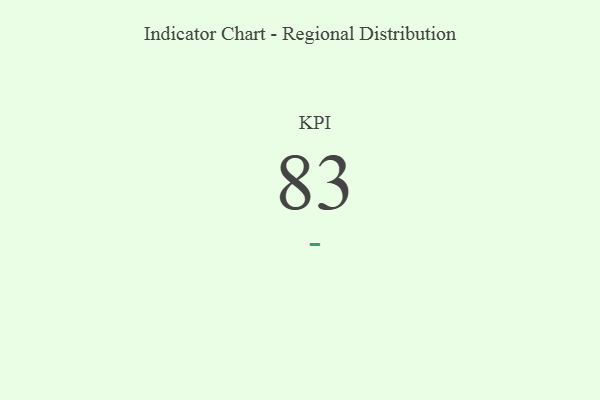
{"axis": {"x": "KPI", "y": "Value"}, "legend": [""], "data": [{"x": "KPI", "y": 83, "type": ""}]}